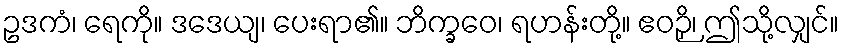
ဥဒကံ၊ ရေကို။ ဒဒေယျ၊ ပေးရာ၏။ ဘိက္ခဝေ၊ ရဟန်းတို့။ ဧဝဉှိ၊ ဤသို့လျှင်။